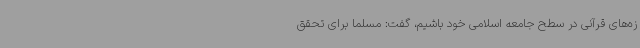
زه‌های قرآنی در سطح جامعه اسلامی خود باشیم، گفت: مسلماً برای تحقق